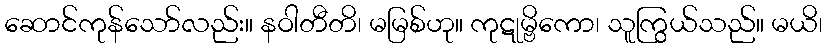
ဆောင်ကုန်သော်လည်း။ နဝါတီတိ၊ မမြစ်ဟု။ ကုဋုမ္ဗိကော၊ သူကြွယ်သည်။ မယိ၊